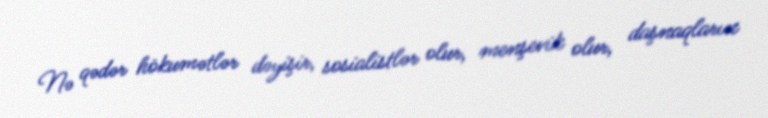
Nə qədər hökumətlər dəyişir, sosialistlər olur, menşevik olur, daşnaqların